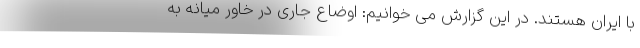
با ایران هستند. در این گزارش می خوانیم: اوضاع جاری در خاور میانه به